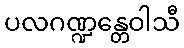
ပလဂဏ္ဍန္တေဝါသီ